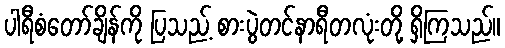
ပါရီစံတော်ချိန်ကို ပြသည့် စားပွဲတင်နာရီတလုံးတို့ ရှိကြသည်။